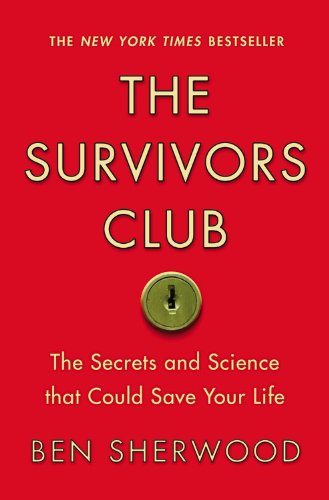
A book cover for The Survivors Club: The Secrets and Science that Could Save Your Life; Ben Sherwood; Health, Fitness & Dieting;